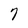
Character: 7